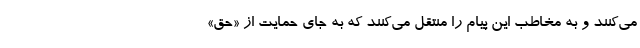
می‌کنند و به مخاطب این پیام را منتقل می‌کنند که به جای حمایت از «حق»